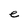
Character: e